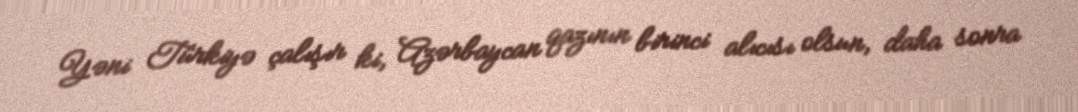
Yəni Türkiyə çalışır ki, Azərbaycan qazının birinci alıcısı olsun, daha sonra